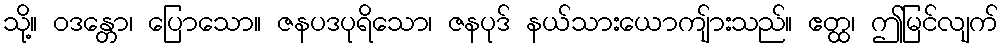
သို့။ ဝဒန္တော၊ ပြောသော။ ဇနပဒပုရိသော၊ ဇနပုဒ် နယ်သားယောကျ်ားသည်။ ဧတ္ထ၊ ဤမြင်လျက်